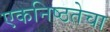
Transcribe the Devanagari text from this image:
एकनिष्ठतेचा